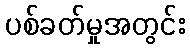
ပစ်ခတ်မှုအတွင်း